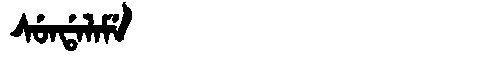
Manchu: ᠰᡠᠨᡩᠠᠯᠠᠮᡝ
Romanization: SUNDALAME